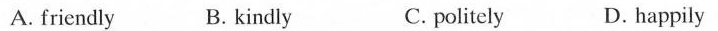
A. friendly B. kindly C. politely D. happily